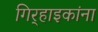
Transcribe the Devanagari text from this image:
गिर्‍हाइकांना